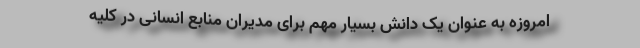
امروزه به عنوان یک دانش بسیار مهم برای مدیران منابع انسانی در کلیه